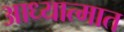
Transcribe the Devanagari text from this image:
आध्यात्मात